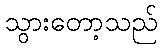
သွားတော့သည်